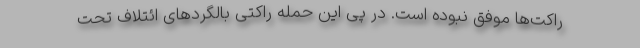
راکت‌ها موفق نبوده است. در پی این حمله راکتی بالگردهای ائتلاف تحت